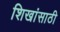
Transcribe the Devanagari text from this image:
शिखांसाठी